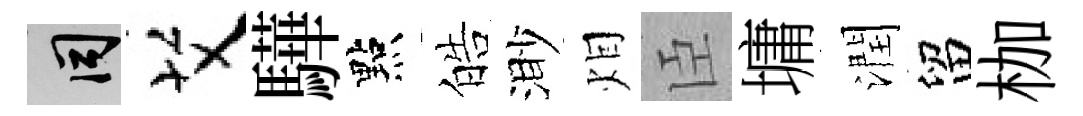
间艾驊點皓渺𤇆臣墉潤留枷